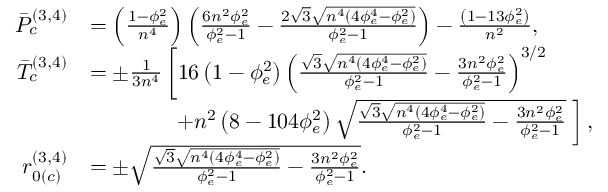
\begin{array} { r l } { \Bar { P } _ { c } ^ { ( 3 , 4 ) } } & { = \left( \frac { 1 - \phi _ { e } ^ { 2 } } { n ^ { 4 } } \right) \left( \frac { 6 n ^ { 2 } \phi _ { e } ^ { 2 } } { \phi _ { e } ^ { 2 } - 1 } - \frac { 2 \sqrt { 3 } \sqrt { n ^ { 4 } \left( 4 \phi _ { e } ^ { 4 } - \phi _ { e } ^ { 2 } \right) } } { \phi _ { e } ^ { 2 } - 1 } \right) - \frac { \left( 1 - 1 3 \phi _ { e } ^ { 2 } \right) } { n ^ { 2 } } , } \\ { \Bar { T } _ { c } ^ { ( 3 , 4 ) } } & { = \pm \frac { 1 } { 3 n ^ { 4 } } \left[ 1 6 \left( 1 - \phi _ { e } ^ { 2 } \right) \left( \frac { \sqrt { 3 } \sqrt { n ^ { 4 } \left( 4 \phi _ { e } ^ { 4 } - \phi _ { e } ^ { 2 } \right) } } { \phi _ { e } ^ { 2 } - 1 } - \frac { 3 n ^ { 2 } \phi _ { e } ^ { 2 } } { \phi _ { e } ^ { 2 } - 1 } \right) ^ { 3 / 2 } \right. } \\ & { \; \; \; \; \; \; \; \; \; \; \; \; \; \; \left. + n ^ { 2 } \left( 8 - 1 0 4 \phi _ { e } ^ { 2 } \right) \sqrt { \frac { \sqrt { 3 } \sqrt { n ^ { 4 } \left( 4 \phi _ { e } ^ { 4 } - \phi _ { e } ^ { 2 } \right) } } { \phi _ { e } ^ { 2 } - 1 } - \frac { 3 n ^ { 2 } \phi _ { e } ^ { 2 } } { \phi _ { e } ^ { 2 } - 1 } } \; \right] , } \\ { r _ { 0 ( c ) } ^ { ( 3 , 4 ) } } & { = \pm \sqrt { \frac { \sqrt { 3 } \sqrt { n ^ { 4 } \left( 4 \phi _ { e } ^ { 4 } - \phi _ { e } ^ { 2 } \right) } } { \phi _ { e } ^ { 2 } - 1 } - \frac { 3 n ^ { 2 } \phi _ { e } ^ { 2 } } { \phi _ { e } ^ { 2 } - 1 } } . } \end{array}